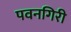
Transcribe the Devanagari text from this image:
पवनगिरी